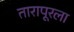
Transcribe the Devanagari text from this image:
तारापूरला